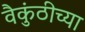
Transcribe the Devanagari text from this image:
वैकुंठीच्या